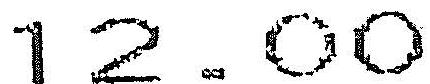
12.00